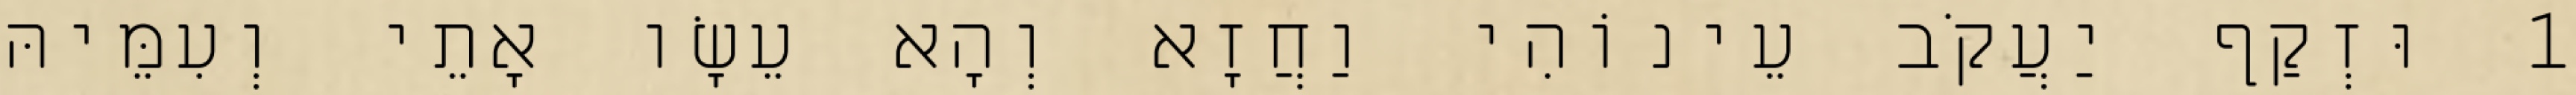
1 וּזְקַף יַעֲקֹב עֵינוֹהִי וַחֲזָא וְהָא עֵשָׂו אָתֵי וְעִמֵּיהּ